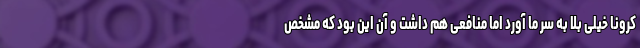
کرونا خیلی بلا به سر ما آورد اما منافعی هم داشت و آن این بود که مشخص